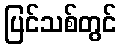
ပြင်သစ်တွင်